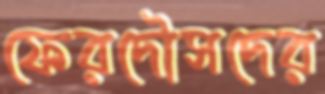
ফেরদৌসদের